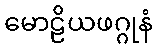
မောဠိယဖဂ္ဂုနံ